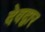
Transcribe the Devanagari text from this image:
देवद्वार